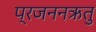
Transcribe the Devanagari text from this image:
प्रजननऋतु